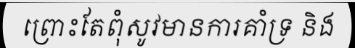
ព្រោះតែពុំសូវមានការគាំទ្រ និង